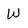
Character: W